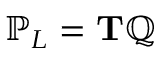
\mathbb { P } _ { L } = \mathbf { T } \mathbb { Q }